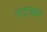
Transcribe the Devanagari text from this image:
रटकर